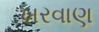
ખરવાણ